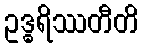
ဥဒ္ဓရိဿတီတိ